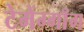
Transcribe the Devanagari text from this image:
टेमेंग्गाँग